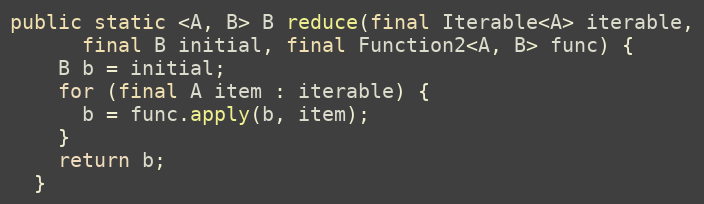
Language: Java
public static <A, B> B reduce(final Iterable<A> iterable,
      final B initial, final Function2<A, B> func) {
    B b = initial;
    for (final A item : iterable) {
      b = func.apply(b, item);
    }
    return b;
  }